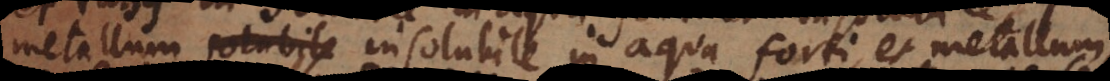
metallum solubile insolubile in aqua forti, et metallum